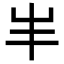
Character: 𡴀